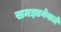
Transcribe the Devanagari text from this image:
समझानेवाले